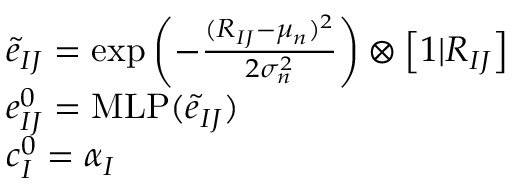
\begin{array} { r l } & { { \boldsymbol { \widetilde { e } } } _ { I J } = \exp \left( - \frac { ( R _ { I J } - \mu _ { n } ) ^ { 2 } } { 2 \sigma _ { n } ^ { 2 } } \right) \otimes \left[ 1 | { \boldsymbol { R } } _ { I J } \right] } \\ & { { \boldsymbol { e } } _ { I J } ^ { 0 } = \mathrm { M L P } ( { \boldsymbol { \widetilde { e } } } _ { I J } ) } \\ & { { \boldsymbol { c } } _ { I } ^ { 0 } = { \boldsymbol { \alpha } } _ { I } } \end{array}